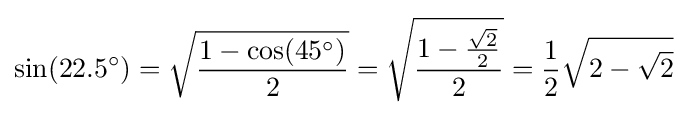
\sin(22.5^{\circ })={\sqrt {\frac {1-\cos(45^{\circ })}{2}}}={\sqrt {\frac {1-{\frac {\sqrt {2}}{2}}}{2}}}={\frac {1}{2}}{\sqrt {2-{\sqrt {2}}}}